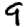
Digit: 9